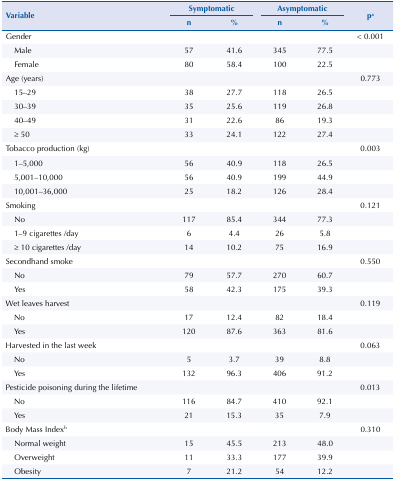
<table><thead><tr><td rowspan="3"><b>Variable</b></td><td colspan="2"><b>Symptomatic</b></td><td colspan="2"><b>Asymptomatic</b></td><td rowspan="3"><b>p<sup>a</sup></b></td></tr><tr><td><b>n</b></td><td><b>%</b></td><td><b>n</b></td><td><b>%</b></td></tr></thead><tbody><tr><td>Gender</td><td> </td><td> </td><td> </td><td> </td><td>&lt; 0.001</td></tr><tr><td>Male</td><td>57</td><td>41.6</td><td>345</td><td>77.5</td><td> </td></tr><tr><td>Female</td><td>80</td><td>58.4</td><td>100</td><td>22.5</td><td> </td></tr><tr><td>Age (years)</td><td> </td><td> </td><td> </td><td> </td><td>0.773</td></tr><tr><td>15–29</td><td>38</td><td>27.7</td><td>118</td><td>26.5</td><td> </td></tr><tr><td>30–39</td><td>35</td><td>25.6</td><td>119</td><td>26.8</td><td> </td></tr><tr><td>40–49</td><td>31</td><td>22.6</td><td>86</td><td>19.3</td><td> </td></tr><tr><td>≥ 50</td><td>33</td><td>24.1</td><td>122</td><td>27.4</td><td> </td></tr><tr><td>Tobacco production (kg)</td><td> </td><td> </td><td> </td><td> </td><td>0.003</td></tr><tr><td>1–5,000</td><td>56</td><td>40.9</td><td>118</td><td>26.5</td><td> </td></tr><tr><td>5,001–10,000</td><td>56</td><td>40.9</td><td>199</td><td>44.9</td><td> </td></tr><tr><td>10,001–36,000</td><td>25</td><td>18.2</td><td>126</td><td>28.4</td><td> </td></tr><tr><td>Smoking</td><td> </td><td> </td><td> </td><td> </td><td>0.121</td></tr><tr><td>No</td><td>117</td><td>85.4</td><td>344</td><td>77.3</td><td> </td></tr><tr><td>1–9 cigarettes /day</td><td>6</td><td>4.4</td><td>26</td><td>5.8</td><td> </td></tr><tr><td>≥ 10 cigarettes /day</td><td>14</td><td>10.2</td><td>75</td><td>16.9</td><td> </td></tr><tr><td>Secondhand smoke</td><td> </td><td> </td><td> </td><td> </td><td>0.550</td></tr><tr><td>No</td><td>79</td><td>57.7</td><td>270</td><td>60.7</td><td> </td></tr><tr><td>Yes</td><td>58</td><td>42.3</td><td>175</td><td>39.3</td><td> </td></tr><tr><td>Wet leaves harvest</td><td> </td><td> </td><td> </td><td> </td><td>0.119</td></tr><tr><td>No</td><td>17</td><td>12.4</td><td>82</td><td>18.4</td><td> </td></tr><tr><td>Yes</td><td>120</td><td>87.6</td><td>363</td><td>81.6</td><td> </td></tr><tr><td>Harvested in the last week</td><td> </td><td> </td><td> </td><td> </td><td>0.063</td></tr><tr><td>No</td><td>5</td><td>3.7</td><td>39</td><td>8.8</td><td> </td></tr><tr><td>Yes</td><td>132</td><td>96.3</td><td>406</td><td>91.2</td><td> </td></tr><tr><td>Pesticide poisoning during the lifetime</td><td> </td><td> </td><td> </td><td> </td><td>0.013</td></tr><tr><td>No</td><td>116</td><td>84.7</td><td>410</td><td>92.1</td><td> </td></tr><tr><td>Yes</td><td>21</td><td>15.3</td><td>35</td><td>7.9</td><td> </td></tr><tr><td>Body Mass Index<sup>b</sup></td><td> </td><td> </td><td> </td><td> </td><td>0.310</td></tr><tr><td>Normal weight</td><td>15</td><td>45.5</td><td>213</td><td>48.0</td><td> </td></tr><tr><td>Overweight</td><td>11</td><td>33.3</td><td>177</td><td>39.9</td><td> </td></tr><tr><td>Obesity</td><td>7</td><td>21.2</td><td>54</td><td>12.2</td><td> </td></tr></tbody></table>